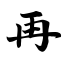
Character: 再